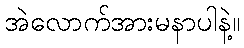
အဲလောက်အားမနာပါနဲ့။